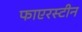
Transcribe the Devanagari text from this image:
फाएरस्टीन